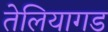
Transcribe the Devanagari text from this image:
तेलियागड